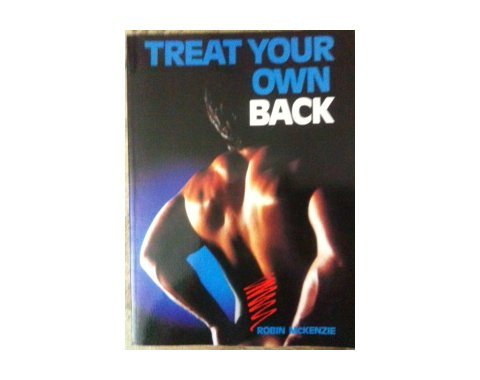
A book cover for Treat Your Own Back; Robin McKenzie; Health, Fitness & Dieting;